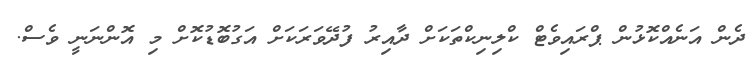
ދެން އަނެއްކޮޅުން ޕްރައިވެޓް ކްލިނިކްތަކަށް ދާއިރު ފުދޭވަރަކަށް އަގުބޮޑުކޮށް މި އޮންނަނީ ވެސް.